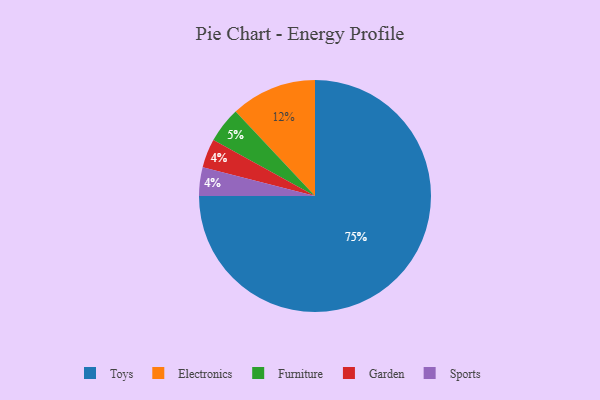
{"axis": {"x": "Category", "y": "Percentage"}, "legend": ["Electronics", "Furniture", "Garden", "Sports", "Toys"], "data": [{"x": "Furniture", "y": 5, "type": "Furniture"}, {"x": "Electronics", "y": 12, "type": "Electronics"}, {"x": "Toys", "y": 75, "type": "Toys"}, {"x": "Garden", "y": 4, "type": "Garden"}, {"x": "Sports", "y": 4, "type": "Sports"}]}